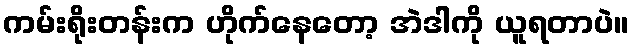
ကမ်းရိုးတန်းက ဟိုက်နေတော့ အဲဒါကို ယူရတာပဲ။